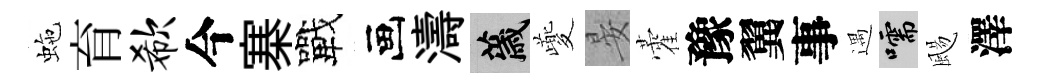
虵育欷今寨戰画濤薉夔晏藿豫翼事遇嚅颺澤